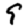
Digit: 9